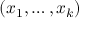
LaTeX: ( x _ { 1 } , \ldots , x _ { k } )